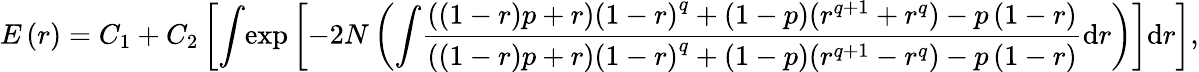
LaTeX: E\left(r\right)=C_{1}+C_{2}\left[{\int}{\exp}\left[{-2N\left({\int}\frac{\left(\left(1-r\right)p+r\right)\left(1-r\right)^{q}+\left(1-p\right)(r^{q+1}+r^{q})-p\left(1-r\right)}{\left(\left(1-r\right)p+r\right)\left(1-r\right)^{q}+\left(1-p\right)(r^{q+1}-r^{q})-p\left(1-r\right)}\mathrm{d}r\right)}\right]\mathrm{d}r\right],